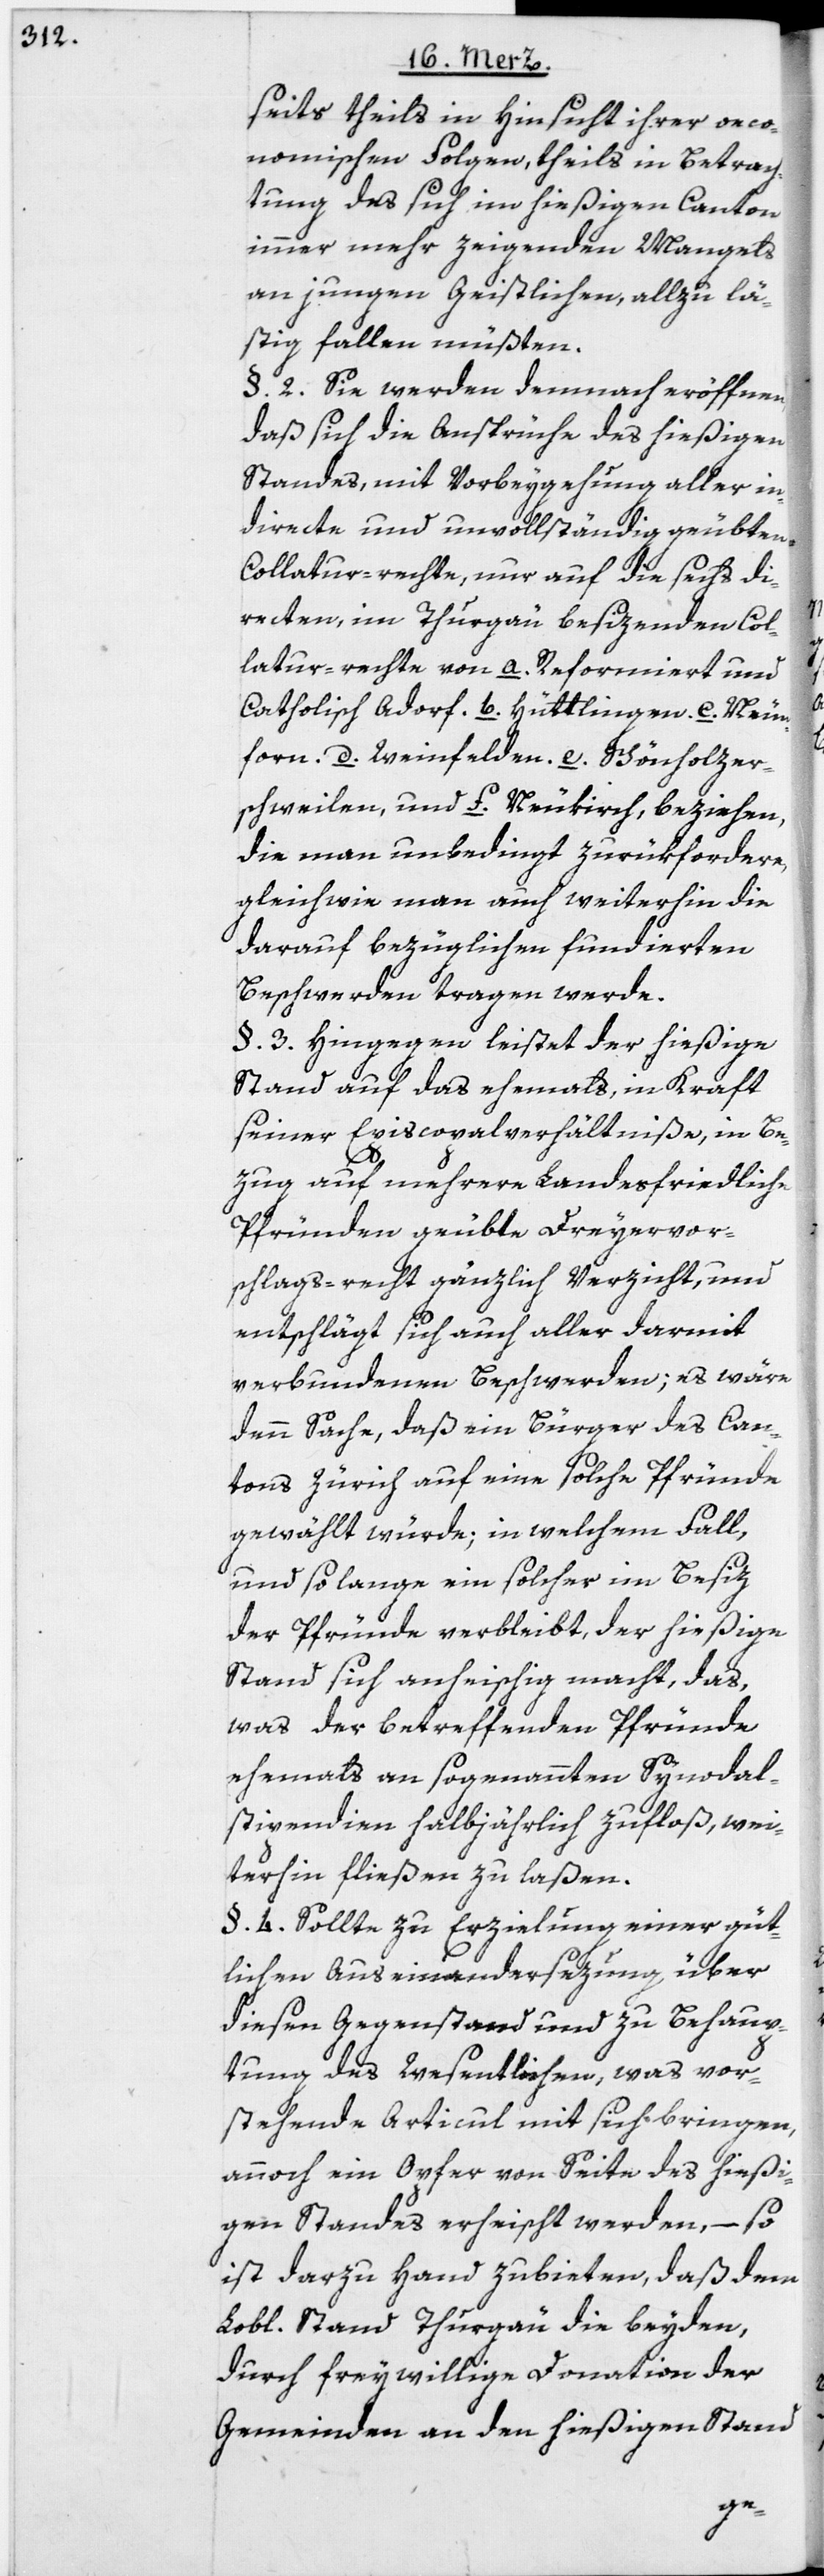
seits theils in Hinsicht ihrer oeco¬
nomischen Folgen, theils in Betrach¬
tung des sich im hießigen Canton
immer mehr zeigenden Mangels
an jungen Geistlichen, allzu lä¬
stig fallen müßten.
§. 2. Sie werden demnach eröffnen,
daß sich die Ansprüche des hießigen
Standes, mit Vorbeygehung aller in¬
directe und unvollständig geübten
Collatur-rechte, nur auf die sechs di¬
recten, im Thurgau besizenden Col¬
latur-rechte von a. Reformiert und
Catholisch Adorf. b. Hüttlingen. c. Neun¬
forn. d. Weinfelden. e. Schönholzer¬
schweilen, und f. Neukirch, beziehen,
die man unbedingt zurükfordere,
gleichwie man auch weiterhin die
darauf bezüglichen fundierten
Beschwerden tragen werde.
§. 3. Hingegen leistet der hießige
Stand auf das ehemals, in Kraft
seiner Episcopalverhältniße, in Be¬
zug auf mehrere Landesfriedliche
Pfründen geübte Dreyervor¬
schlags-recht gänzlich Verzicht, und
entschlägt sich auch aller darmit
verbundenen Beschwerden; es wäre
denn Sache, daß ein Bürger des Can¬
tons Zürich auf eine solche Pfründe
gewählt würde; in welchem Fall,
und solange ein solcher im Besiz
der Pfründe verbleibt, der hießige
Stand sich anheischig macht, das,
was der betreffenden Pfründe
ehemals an sogenannten Synodal¬
stipendien halbjährlich zufloß, wei¬
terhin fließen zu laßen.
§. 4. Sollte zu Erzielung einer güt¬
lichen Auseinandersezung über
diesen Gegenstand und zu Behaup¬
tung des Wesentlichen, was vor¬
stehende Articul mit sich bringen,
annoch ein Opfer von Seite des hießi¬
gen Standes erheischt werden, – so
ist darzu Hand zubieten, daß dem
Lobl. Stand Thurgau die beyden,
durch freywillige Donation der
Gemeinden an den hießigen Stand